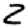
Digit: 2